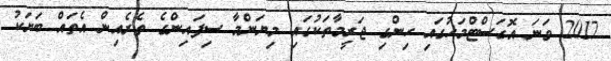
2017 ވަނަ އޮގަސްޓްމަހުގައި ހިންގި ޖަރީމާތަކުގައި މިޔަންމާ ސިފައިންގެ ތެރެއިން އެތައް ބަޔަކު